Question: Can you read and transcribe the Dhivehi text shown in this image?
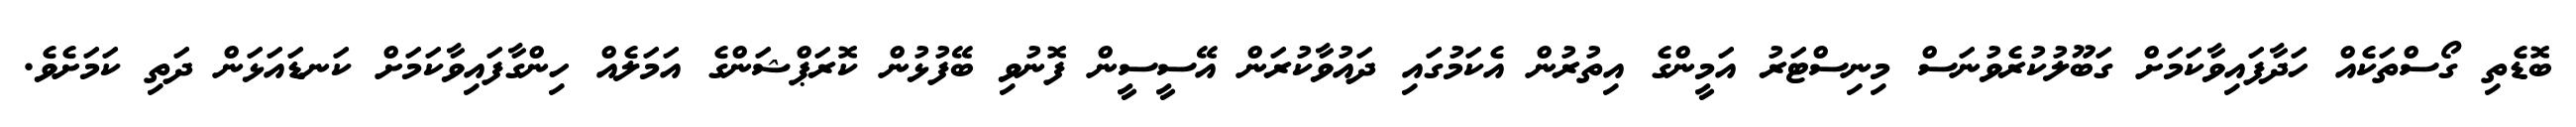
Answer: ބޮޑެތި ގޯސްތަކެއް ހަދާފައިވާކަމަށް ގަބޫލުކުރެވުނަސް މިނިސްޓަރު އަމީންގެ އިތުރުން އެކަމުގައި ދައުވާކުރަން އޭސީސީން ފޮނުވި ބޭފުޅުން ކޮރަޕްޝަންގެ އަމަލެއް ހިންގާފައިވާކަމަށް ކަނޑައަޅަން ދަތި ކަމަށެވެ.